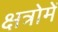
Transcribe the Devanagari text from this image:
क्षत्रोमें